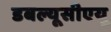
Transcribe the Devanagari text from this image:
डबल्यूसीएयू